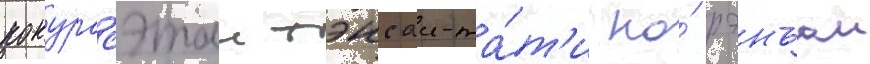
кокурасэтаи тэнсаи-та́т'и но́ рэнъаи